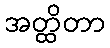
အတ္ထိတာ